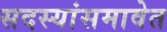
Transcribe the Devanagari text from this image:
सदस्यांसमावेत